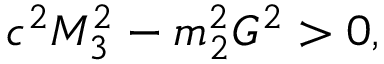
c ^ { 2 } M _ { 3 } ^ { 2 } - m _ { 2 } ^ { 2 } G ^ { 2 } > 0 ,